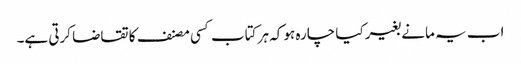
اب یہ مانے بغیر کیا چارہ ہو کہ ہر کتاب کسی مصنف کا تقاضا کرتی ہے۔